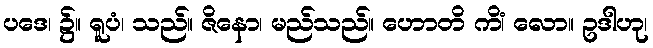
ပဒေ၊ ၌။ ရူပံ၊ သည်။ ဇိနော၊ မည်သည်။ ဟောတိ ကိံ၊ လော။ ဥဒါဟု၊